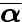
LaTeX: \boldsymbol{{\overline{{\alpha}}}}